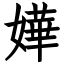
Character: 嬅